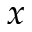
\boldsymbol { x }